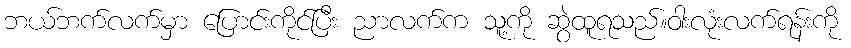
ဘယ်ဘက်လက်မှာ ပြောင်းကိုင်ပြီး ညာလက်က သူ့ကို ဆွဲထူရသည်။ဝါးလုံးလက်ရန်းကို